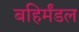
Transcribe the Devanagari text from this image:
बहिर्मंडल